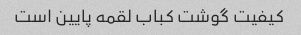
کیفیت گوشت کباب لقمه پایین است